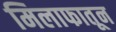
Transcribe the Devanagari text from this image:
मिलाफातून